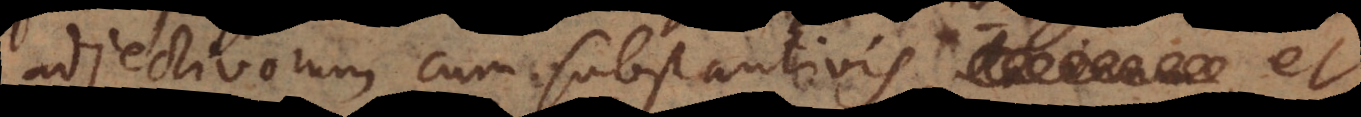
adjectivorum cum substantivis, it